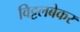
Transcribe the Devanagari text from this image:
विट्टलबेकर